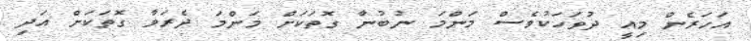
އަހަރެން މިއީ ދުވަހަކުވެސް މަންމަ ނުބުނާ ގޮތަކަށް މަންމަ ދެރަވާ ގޮތަކަށް އަދި